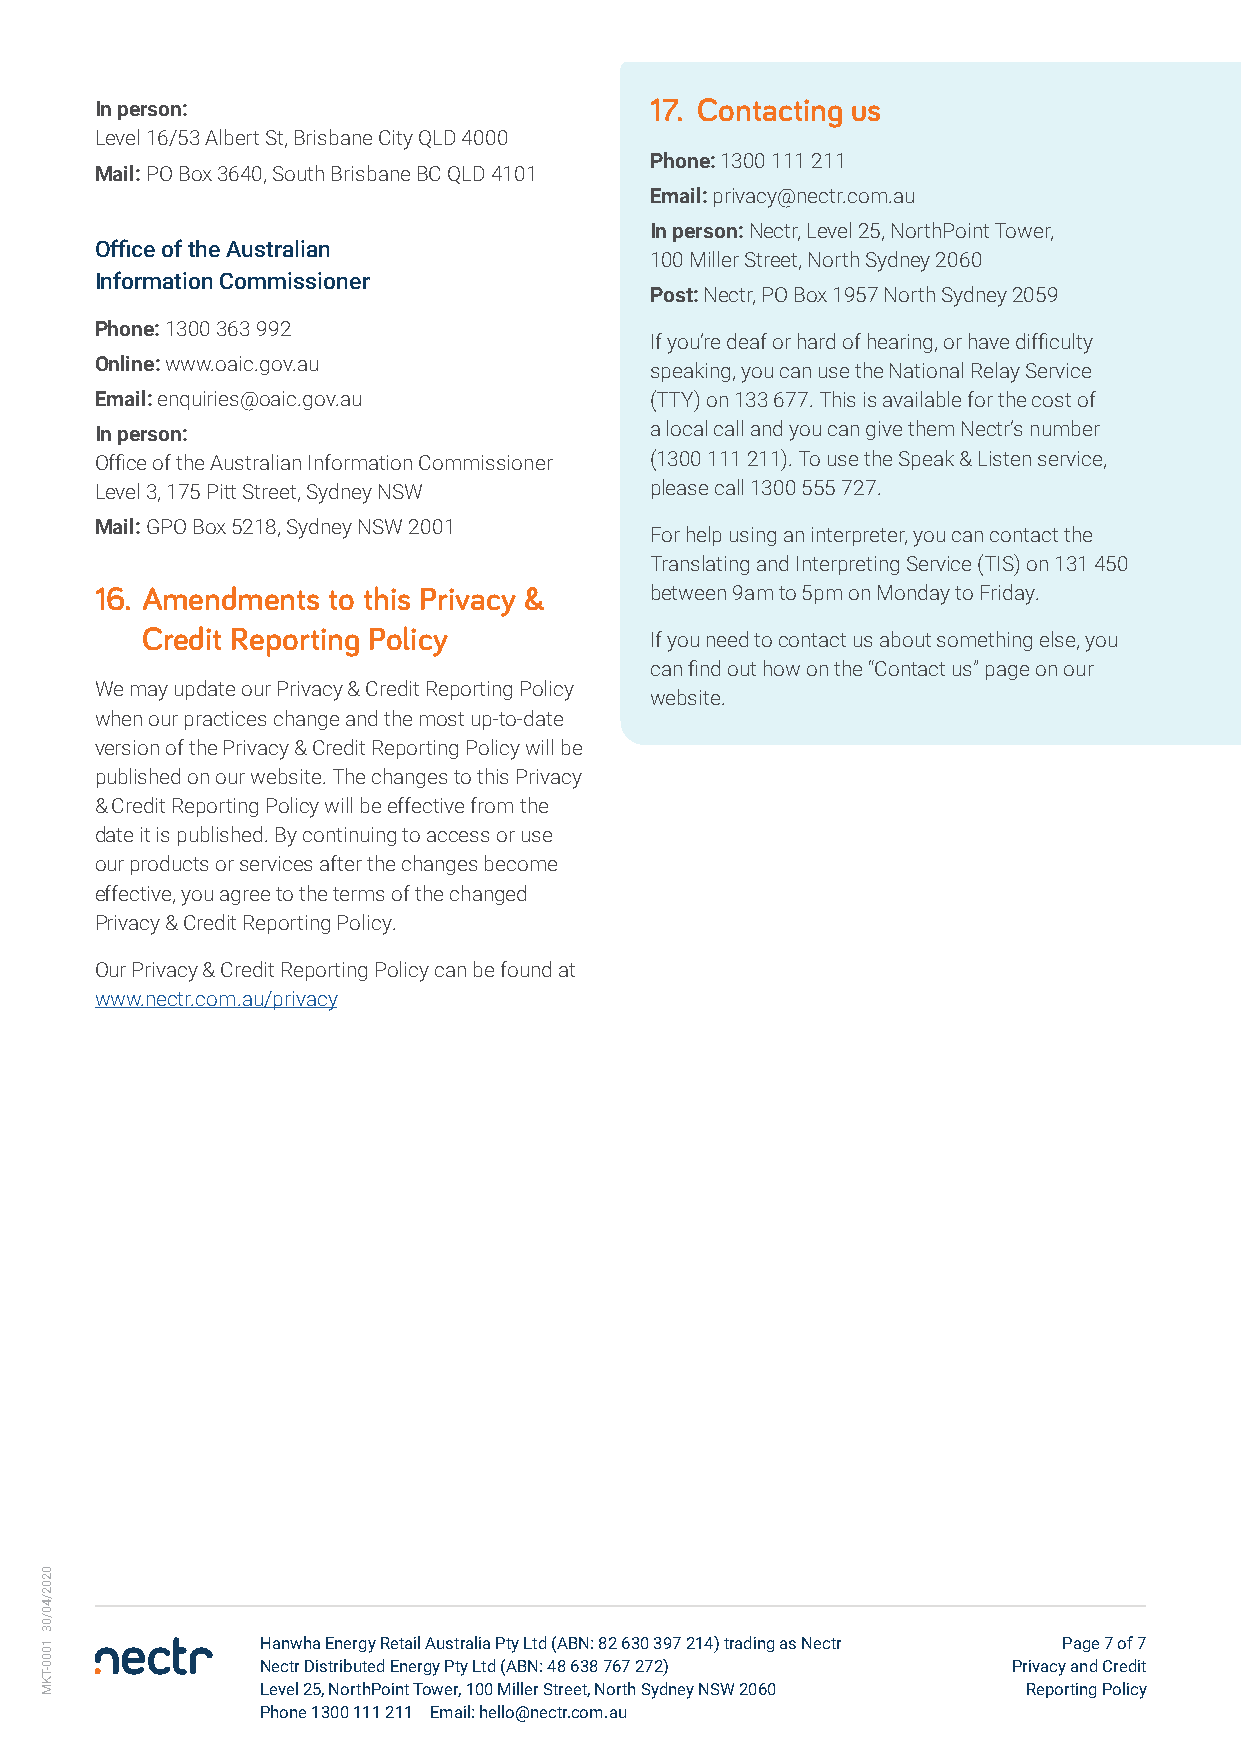
In person:                           17. Contacting us
 Level 16/53 Albert St, Brisbane City QLD 4000
 Phone: 1300 111 211
 Mail: PO Box 3640, South Brisbane BC QLD 4101
 Email: privacy@nectr.com.au
 In person: Nectr, Level 25, NorthPoint Tower,
 Office of the Australian
 100 Miller Street, North Sydney 2060
 Information Commissioner
 Post: Nectr, PO Box 1957 North Sydney 2059
 Phone: 1300 363 992
 If you’re deaf or hard of hearing, or have difficulty
 Online: www.oaic.gov.au
 speaking, you can use the National Relay Service
 Email: enquiries@oaic.gov.au         (TTY) on 133 677. This is available for the cost of
 In person:                           a local call and you can give them Nectr’s number
 Office of the Australian Information Commissioner (1300 111 211). To use the Speak & Listen service,
 Level 3, 175 Pitt Street, Sydney NSW please call 1300 555 727.
 Mail: GPO Box 5218, Sydney NSW 2001
 For help using an interpreter, you can contact the
 Translating and Interpreting Service (TIS) on 131 450
 16. Amendments  to this Privacy &    between 9am to 5pm on Monday to Friday.
 Credit Reporting Policy           If you need to contact us about something else, you
 can find out how on the “Contact us” page on our
 We may update our Privacy & Credit Reporting Policy
 website.
 when our practices change and the most up-to-date
 version of the Privacy & Credit Reporting Policy will be
 published on our website. The changes to this Privacy
 & Credit Reporting Policy will be effective from the
 date it is published. By continuing to access or use
 our products or services after the changes become
 effective, you agree to the terms of the changed
 Privacy & Credit Reporting Policy.
 Our Privacy & Credit Reporting Policy can be found at
 www.nectr.com.au/privacy
 Hanwha Energy Retail Australia Pty Ltd (ABN: 82 630 397 214) trading as Nectr Page 7 of 7
 Nectr Distributed Energy Pty Ltd (ABN: 48 638 767 272) Privacy and Credit
 Level 25, NorthPoint Tower, 100 Miller Street, North Sydney NSW 2060 Reporting Policy
 Phone 1300 111 211 Email: hello@nectr.com.au
 0202/40/03
 1000-TKM